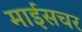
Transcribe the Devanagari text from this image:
माईसचर